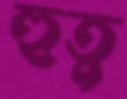
হুতু